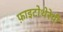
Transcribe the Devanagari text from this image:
फ़ाइटोथेरेपी